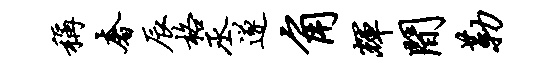
称奢辰格丞遂角辉间勒